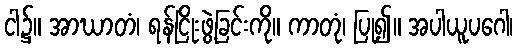
ငါ၌။ အာဃာတံ၊ ရန်ငြိုးဖွဲ့ခြင်းကို။ ကာတုံ၊ ပြု၍။ အပါယူပဂေါ၊